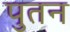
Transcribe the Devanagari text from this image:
पुतन